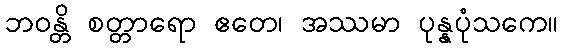
ဘဝန္တိ စတ္တာရော ဧတေ၊ အဿမာ ပုန္နပုံသကေ။